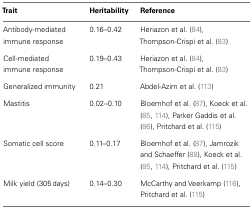
<table><thead><tr><td><b>Trait</b></td><td><b>Heritability</b></td><td><b>Reference</b></td></tr></thead><tbody><tr><td>Antibody-mediated immune response</td><td>0.16–0.42</td><td>Heriazon et al. (84), Thompson-Crispi et al. (83)</td></tr><tr><td>Cell-mediated immune response</td><td>0.19–0.43</td><td>Heriazon et al. (84), Thompson-Crispi et al. (83)</td></tr><tr><td>Generalized immunity</td><td>0.21</td><td>Abdel-Azim et al. (113)</td></tr><tr><td>Mastitis</td><td>0.02–0.10</td><td>Bloemhof et al. (87), Koeck et al. (85, 114), Parker Gaddis et al. (86), Pritchard et al. (115)</td></tr><tr><td>Somatic cell score</td><td>0.11–0.17</td><td>Bloemhof et al. (87), Jamrozik and Schaeffer (88), Koeck et al. (85, 114), Pritchard et al. (115)</td></tr><tr><td>Milk yield (305 days)</td><td>0.14–0.30</td><td>McCarthy and Veerkamp (116), Pritchard et al. (115)</td></tr></tbody></table>